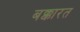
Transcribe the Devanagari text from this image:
बक्कारत